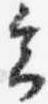
会